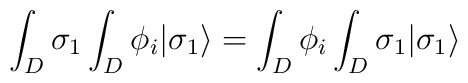
\int_{D} \sigma_{1} \int_{D} \phi_i | \sigma_{1}\rangle = \int_{D} \phi_i \int_{D} \sigma_{1}| \sigma_{1} \rangle \\